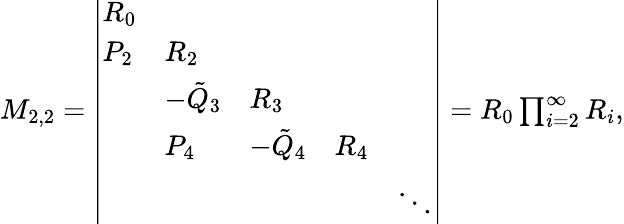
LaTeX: \begin{array}{r}{M_{2,2}=\left|\begin{array}{lllll}{R_{0}}&&&&\\ {P_{2}}&{R_{2}}&&&\\ &{-\tilde{Q}_{3}}&{R_{3}}&&\\ &{P_{4}}&{-\tilde{Q}_{4}}&{R_{4}}&\\ &&&&{\ddots}\end{array}\right|=R_{0}\prod_{i=2}^{\infty}R_{i},}\end{array}